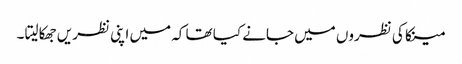
مینکا کی نظروں میں جانے کیا تھا کہ میں اپنی نظریں جھکا لیتا ۔